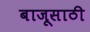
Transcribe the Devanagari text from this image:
बाजूसाठी